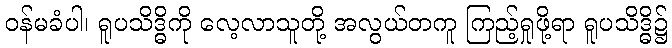
ဝန်မခံပါ၊ ရူပသိဒ္ဓိကို လေ့လာသူတို့ အလွယ်တကူ ကြည့်ရှုဖို့ရာ ရူပသိဒ္ဓိ၌